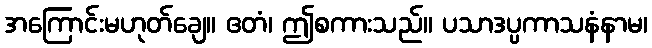
အကြောင်းမဟုတ်ချေ။ ဧတံ၊ ဤစကားသည်။ ပသာဒပ္ပကာသနံနာမ၊